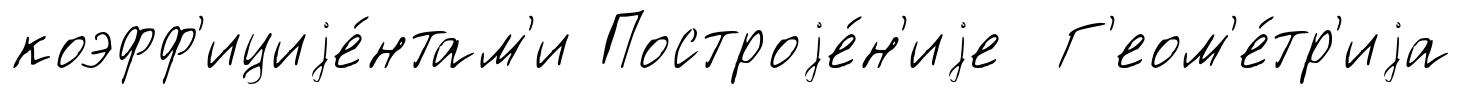
коэфф'ициjе́нтам'и Построjе́н'иjе Г'еом'е́тр'иjа